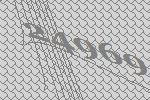
24969